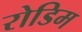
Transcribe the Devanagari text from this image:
रोडिम